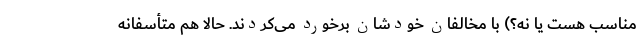
مناسب هست یا نه؟) با مخالفان خودشان برخورد می‌کردند. حالا هم متأسفانه